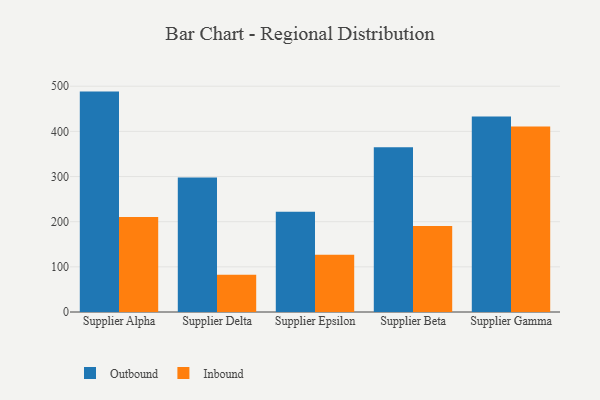
{"axis": {"x": "Supplier", "y": "Budget (USD K)"}, "legend": ["Inbound", "Outbound"], "data": [{"x": "Supplier Alpha", "y": 488.1, "type": "Outbound"}, {"x": "Supplier Alpha", "y": 210.2, "type": "Inbound"}, {"x": "Supplier Delta", "y": 297.6, "type": "Outbound"}, {"x": "Supplier Delta", "y": 82.6, "type": "Inbound"}, {"x": "Supplier Epsilon", "y": 221.8, "type": "Outbound"}, {"x": "Supplier Epsilon", "y": 126.8, "type": "Inbound"}, {"x": "Supplier Beta", "y": 364.8, "type": "Outbound"}, {"x": "Supplier Beta", "y": 190.6, "type": "Inbound"}, {"x": "Supplier Gamma", "y": 432.8, "type": "Outbound"}, {"x": "Supplier Gamma", "y": 411.0, "type": "Inbound"}]}